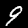
Label: 9